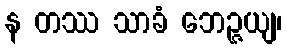
န တဿ သာခံ ဘေဉ္ဇယျ၊